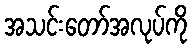
အသင်းတော်အလုပ်ကို